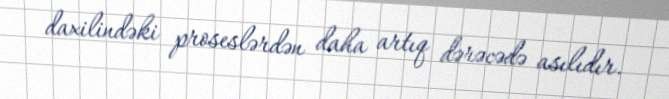
daxilindəki proseslərdən daha artıq dərəcədə asılıdır.